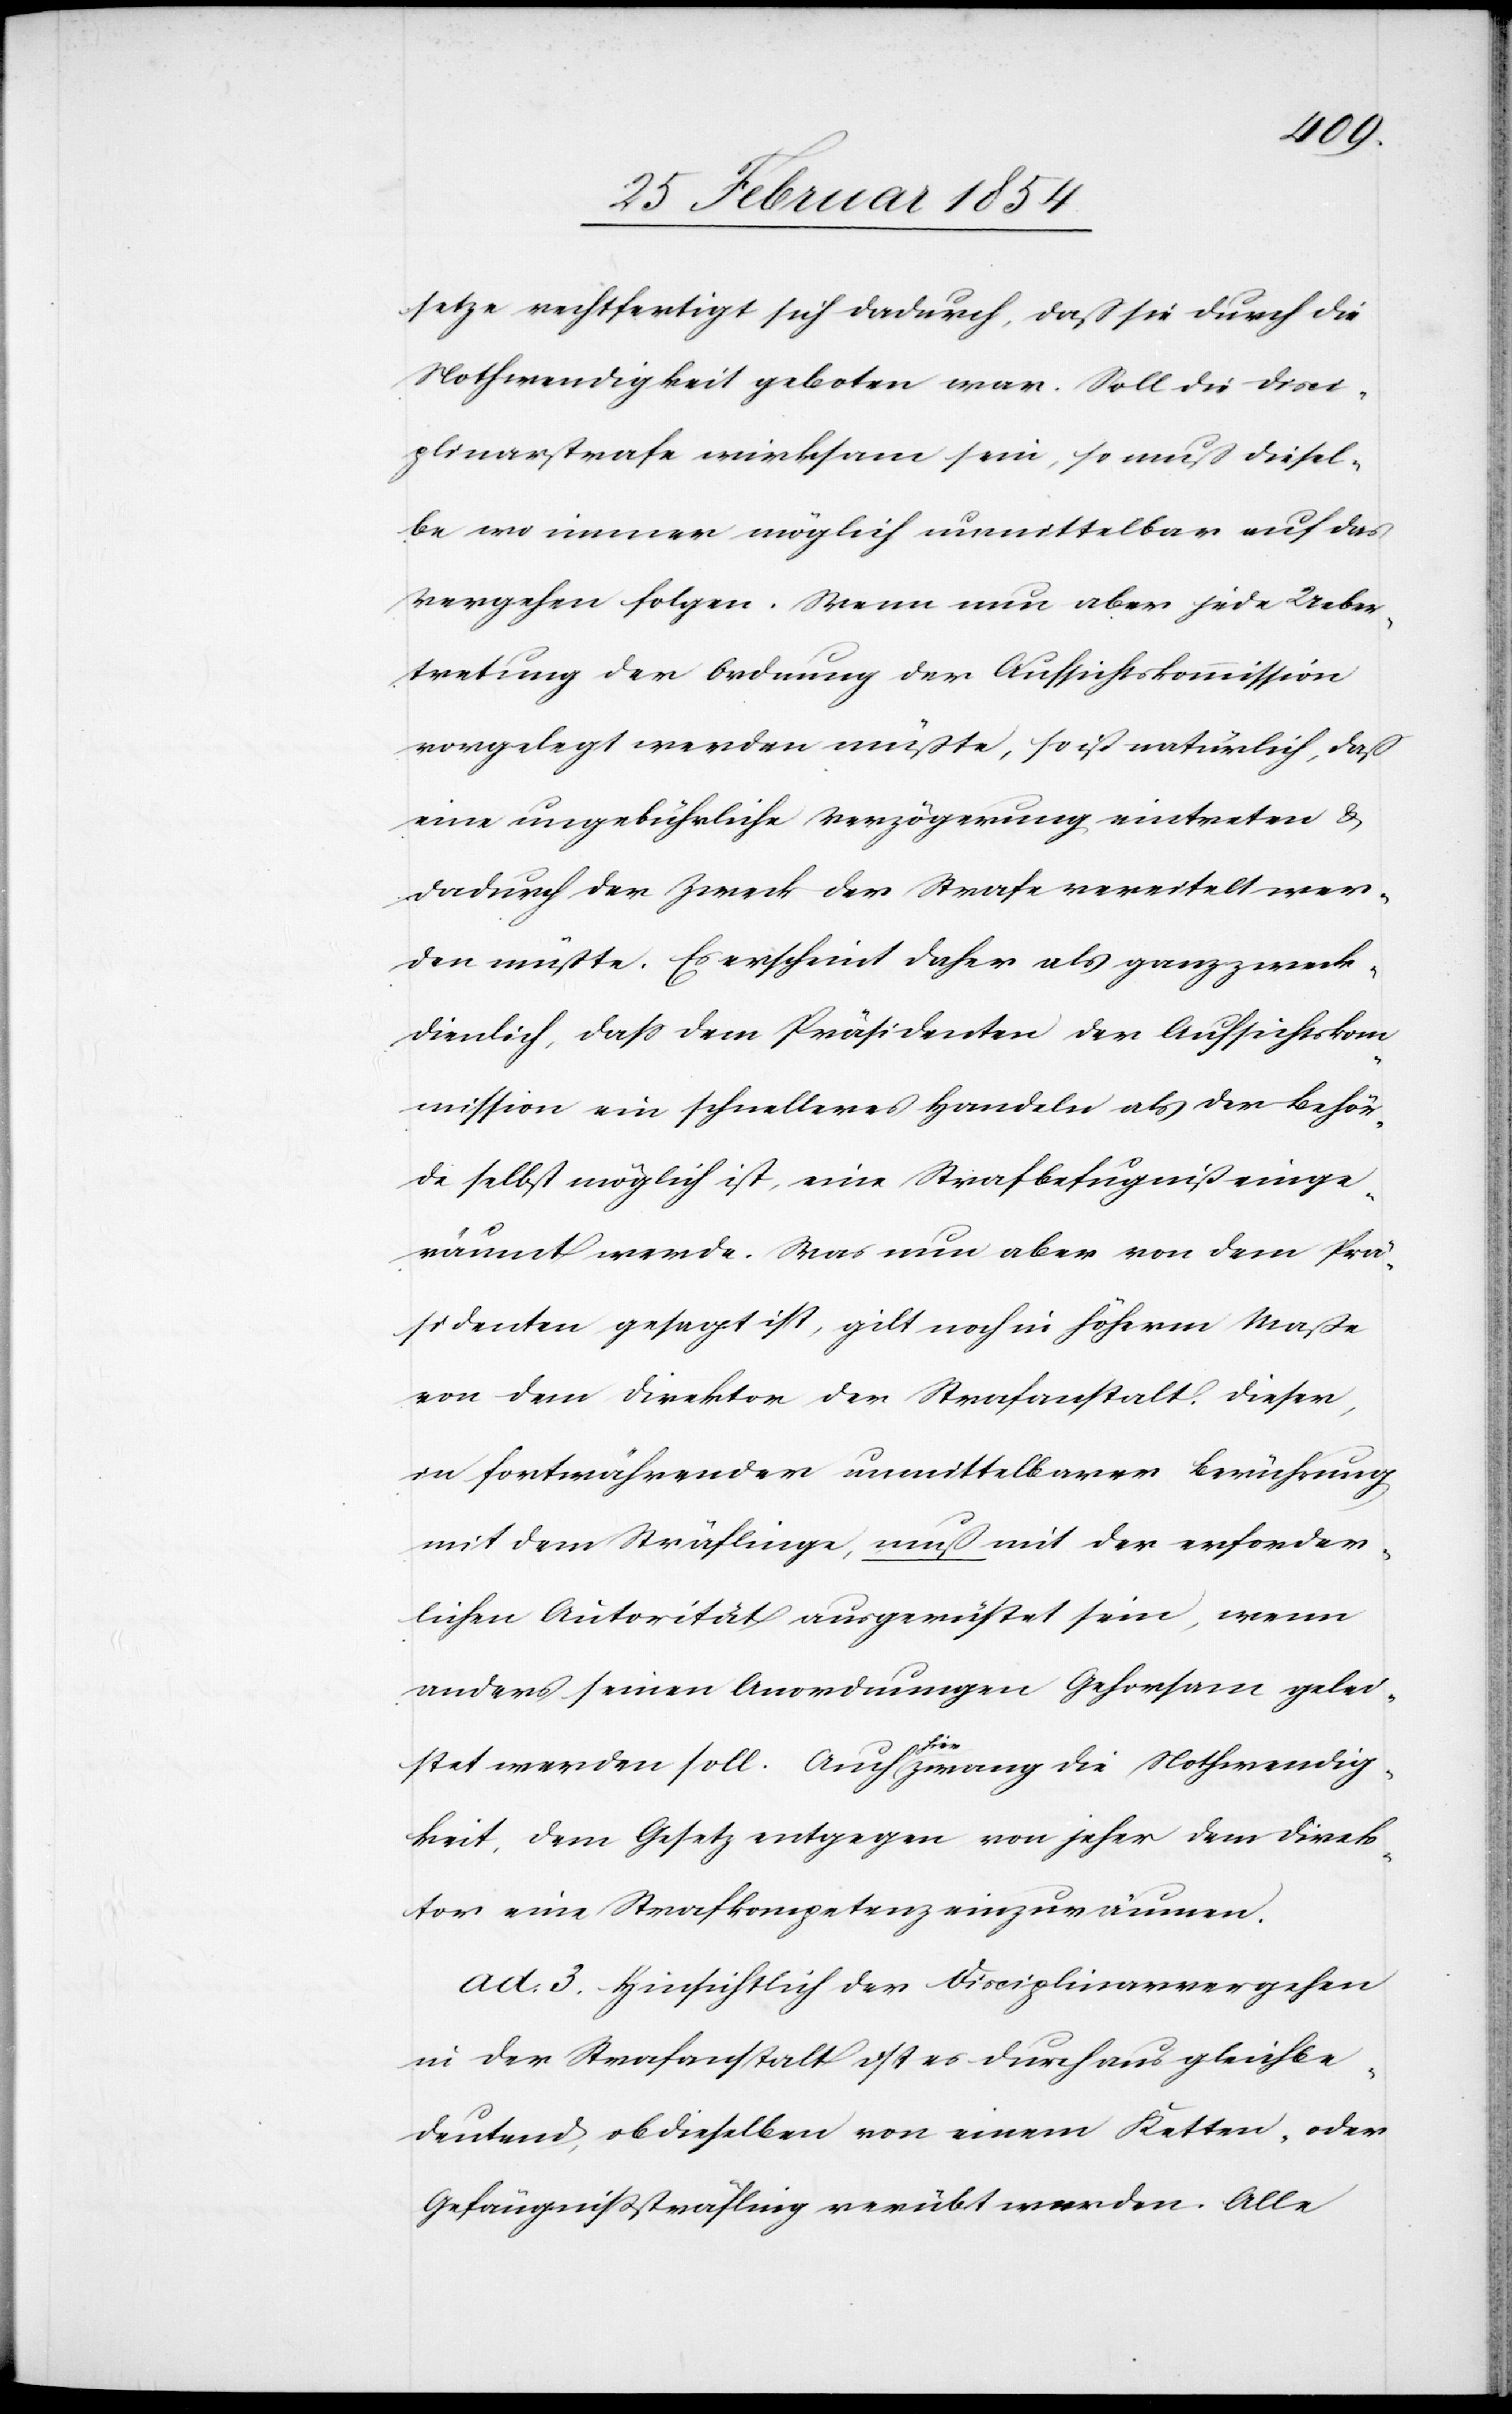
setze rechtfertigt sich dadurch, daß sie durch die
Nothwendigkeit geboten war. Soll die Disci¬
plinarstrafe wirksam sein, so muß diesel¬
be wo immer möglich unmittelbar auf das
Vergehen folgen. Wenn nun aber jede Ueber¬
tretung der Ordnung der Aufsichtskommission
vorgelegt werden müßte, so ist natürlich, daß
eine ungebührliche Verzögerung eintreten &
dadurch der Zweck der Strafe vereitelt wer¬
den müßte. ES erscheint daher als ganz zweck¬
dienlich, daß dem Präsidenten der Aufsichtskom¬
mission ein schnelleres Handeln als der Behör¬
de selbst möglich ist, eine Strafbefugniß einge¬
räumt werde. Was nun aber von dem Prä¬
sidenten gesagt ist, gilt noch in höherm Maße
von dem Direktor der Strafanstalt. Dieser,
in fortwährender unmittelbarer Berührung
mit dem Sträflinge, muß mit der erforder¬
lichen Autorität ausgerüstet sein, wenn
anders seinen Anordnungen Gehorsam gelei¬
stet werden soll. Auch a-hier-a zwang die Nothwendig¬
keit, dem Gesetz entgegen von jeher dem Direk¬
tor eine Strafkompetenz einzuräumen.
ad. 3. Hinsichtlich der Disciplinarvergehen
in der Strafanstalt ist es durchaus gleichbe¬
deutend, ob dieselben von einem Ketten- oder
Gefängnißsträfling verübt werden. Alle